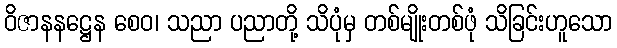
ဝိဇာနနဋ္ဌေန စေဝ၊ သညာ ပညာတို့ သိပုံမှ တစ်မျိုးတစ်ဖုံ သိခြင်းဟူသော